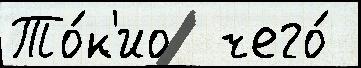
То́к'ио  чего́